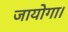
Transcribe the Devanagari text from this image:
जायोगा।